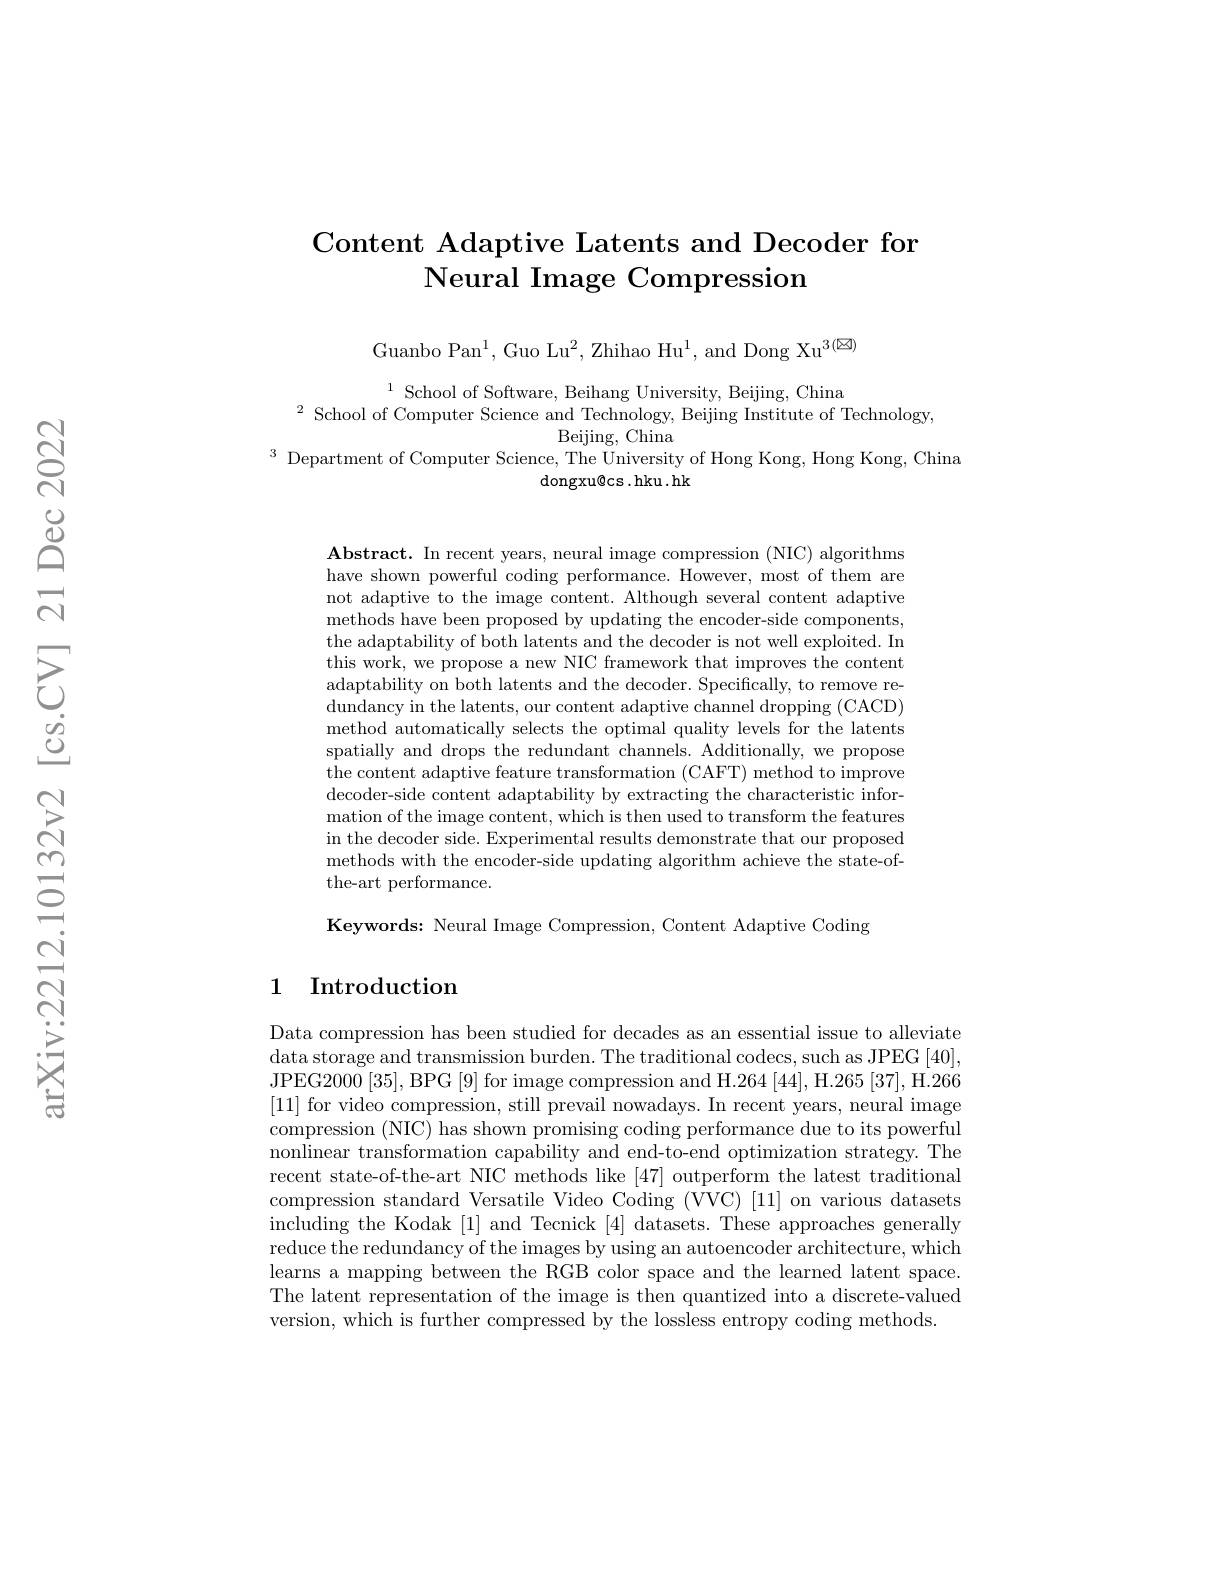
### Content Adaptive Latents and Decoder for Neural Image Compression

Guanbo Pan$^1$, Guo Lu$^2$, Zhihao Hu$^1$, and Dong Xu$^{3(\boxtimes)}$

$^{1}\text{School of Software, Beihang University, Beijing, China}\\^{2}\text{School of Computer Science and Technology, Beijing Institute of Technology,}\\\text{Beiiing. China}$
$^3$ Department of Computer Science, The University of Hong Kong, Hong Kong, China
${\mathrm{dongxu@cs.hku.hk}}$

$\mathbf{Abstract.~In~recent~years,~neural~image~compression~(NIC)~algorithms}$ have shown powerful coding performance. However, most of them are not adaptive to the image content. Although several content adaptive methods have been proposed by updating the encoder-side components, the adaptability of both latents and the decoder is not well exploited. In this work, we propose a new NIC framework that improves the content adaptability on both latents and the decoder. Specifically, to remove redundancy in the latents, our content adaptive channel dropping (CACD) method automatically selects the optimal quality levels for the latents spatially and drops the redundant channels. Additionally, we propose the content adaptive feature transformation (CAFT) method to improve decoder-side content adaptability by extracting the characteristic information of the image content, which is then used to transform the features in the decoder side. Experimental results demonstrate that our proposed methods with the encoder-side updating algorithm achieve the state-ofthe-art performance.

Keywords: Neural Image Compression, Content Adaptive Coding

## 1 Introduction

Data compression has been studied for decades as an essential issue to alleviate data storage and transmission burden. The traditional codecs, such as JPEG [40], JPEG2000[35], BPG[9] for image compression and H.264 [44], H.265 [37], H.266 [11] for video compression, still prevail nowadays. In recent years, neural image compression (NIC) has shown promising coding performance due to its powerful nonlinear transformation capability and end-to-end optimization strategy. The recent state-of-the-art NIC methods like [47] outperform the latest traditional compression standard Versatile Video Coding (VVC) [11] on various datasets including the Kodak [1] and Tecnick [4] datasets. These approaches generally reduce the redundancy of the images by using an autoencoder architecture, which learns a mapping between the RGB color space and the learned latent space. The latent representation of the image is then quantized into a discrete-valued version, which is further compressed by the lossless entropy coding methods.